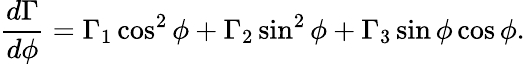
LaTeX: \frac{d\Gamma}{d\phi}=\Gamma_{1}\cos^{2}\phi+\Gamma_{2}\sin^{2}\phi+\Gamma_{3}\sin\phi\cos\phi.